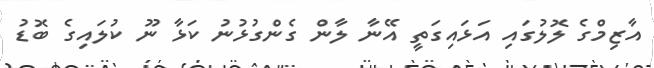
އާޒިމްގެ ލޮލުގައި އަޅައިގަތީ އޭނާ ލާން ގެންގުޅުނު ކަޅާ ނޫ ކުލައިގެ ބޮޑު